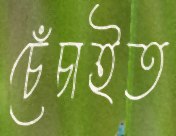
চেঁচাইত